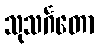
သုသင်္ဂတော